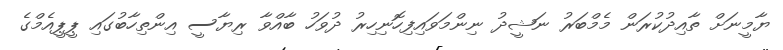
ޔާމީނަށް ތާއިދުކުރަން މެމްބަރު ނަޝީދު ނިންމަވައިފިހޮނިހިރު ދުވަހު ބާއްވާ ރިޔާސީ އިންތިހާބުގައި ޕީޕީއެމްގެ